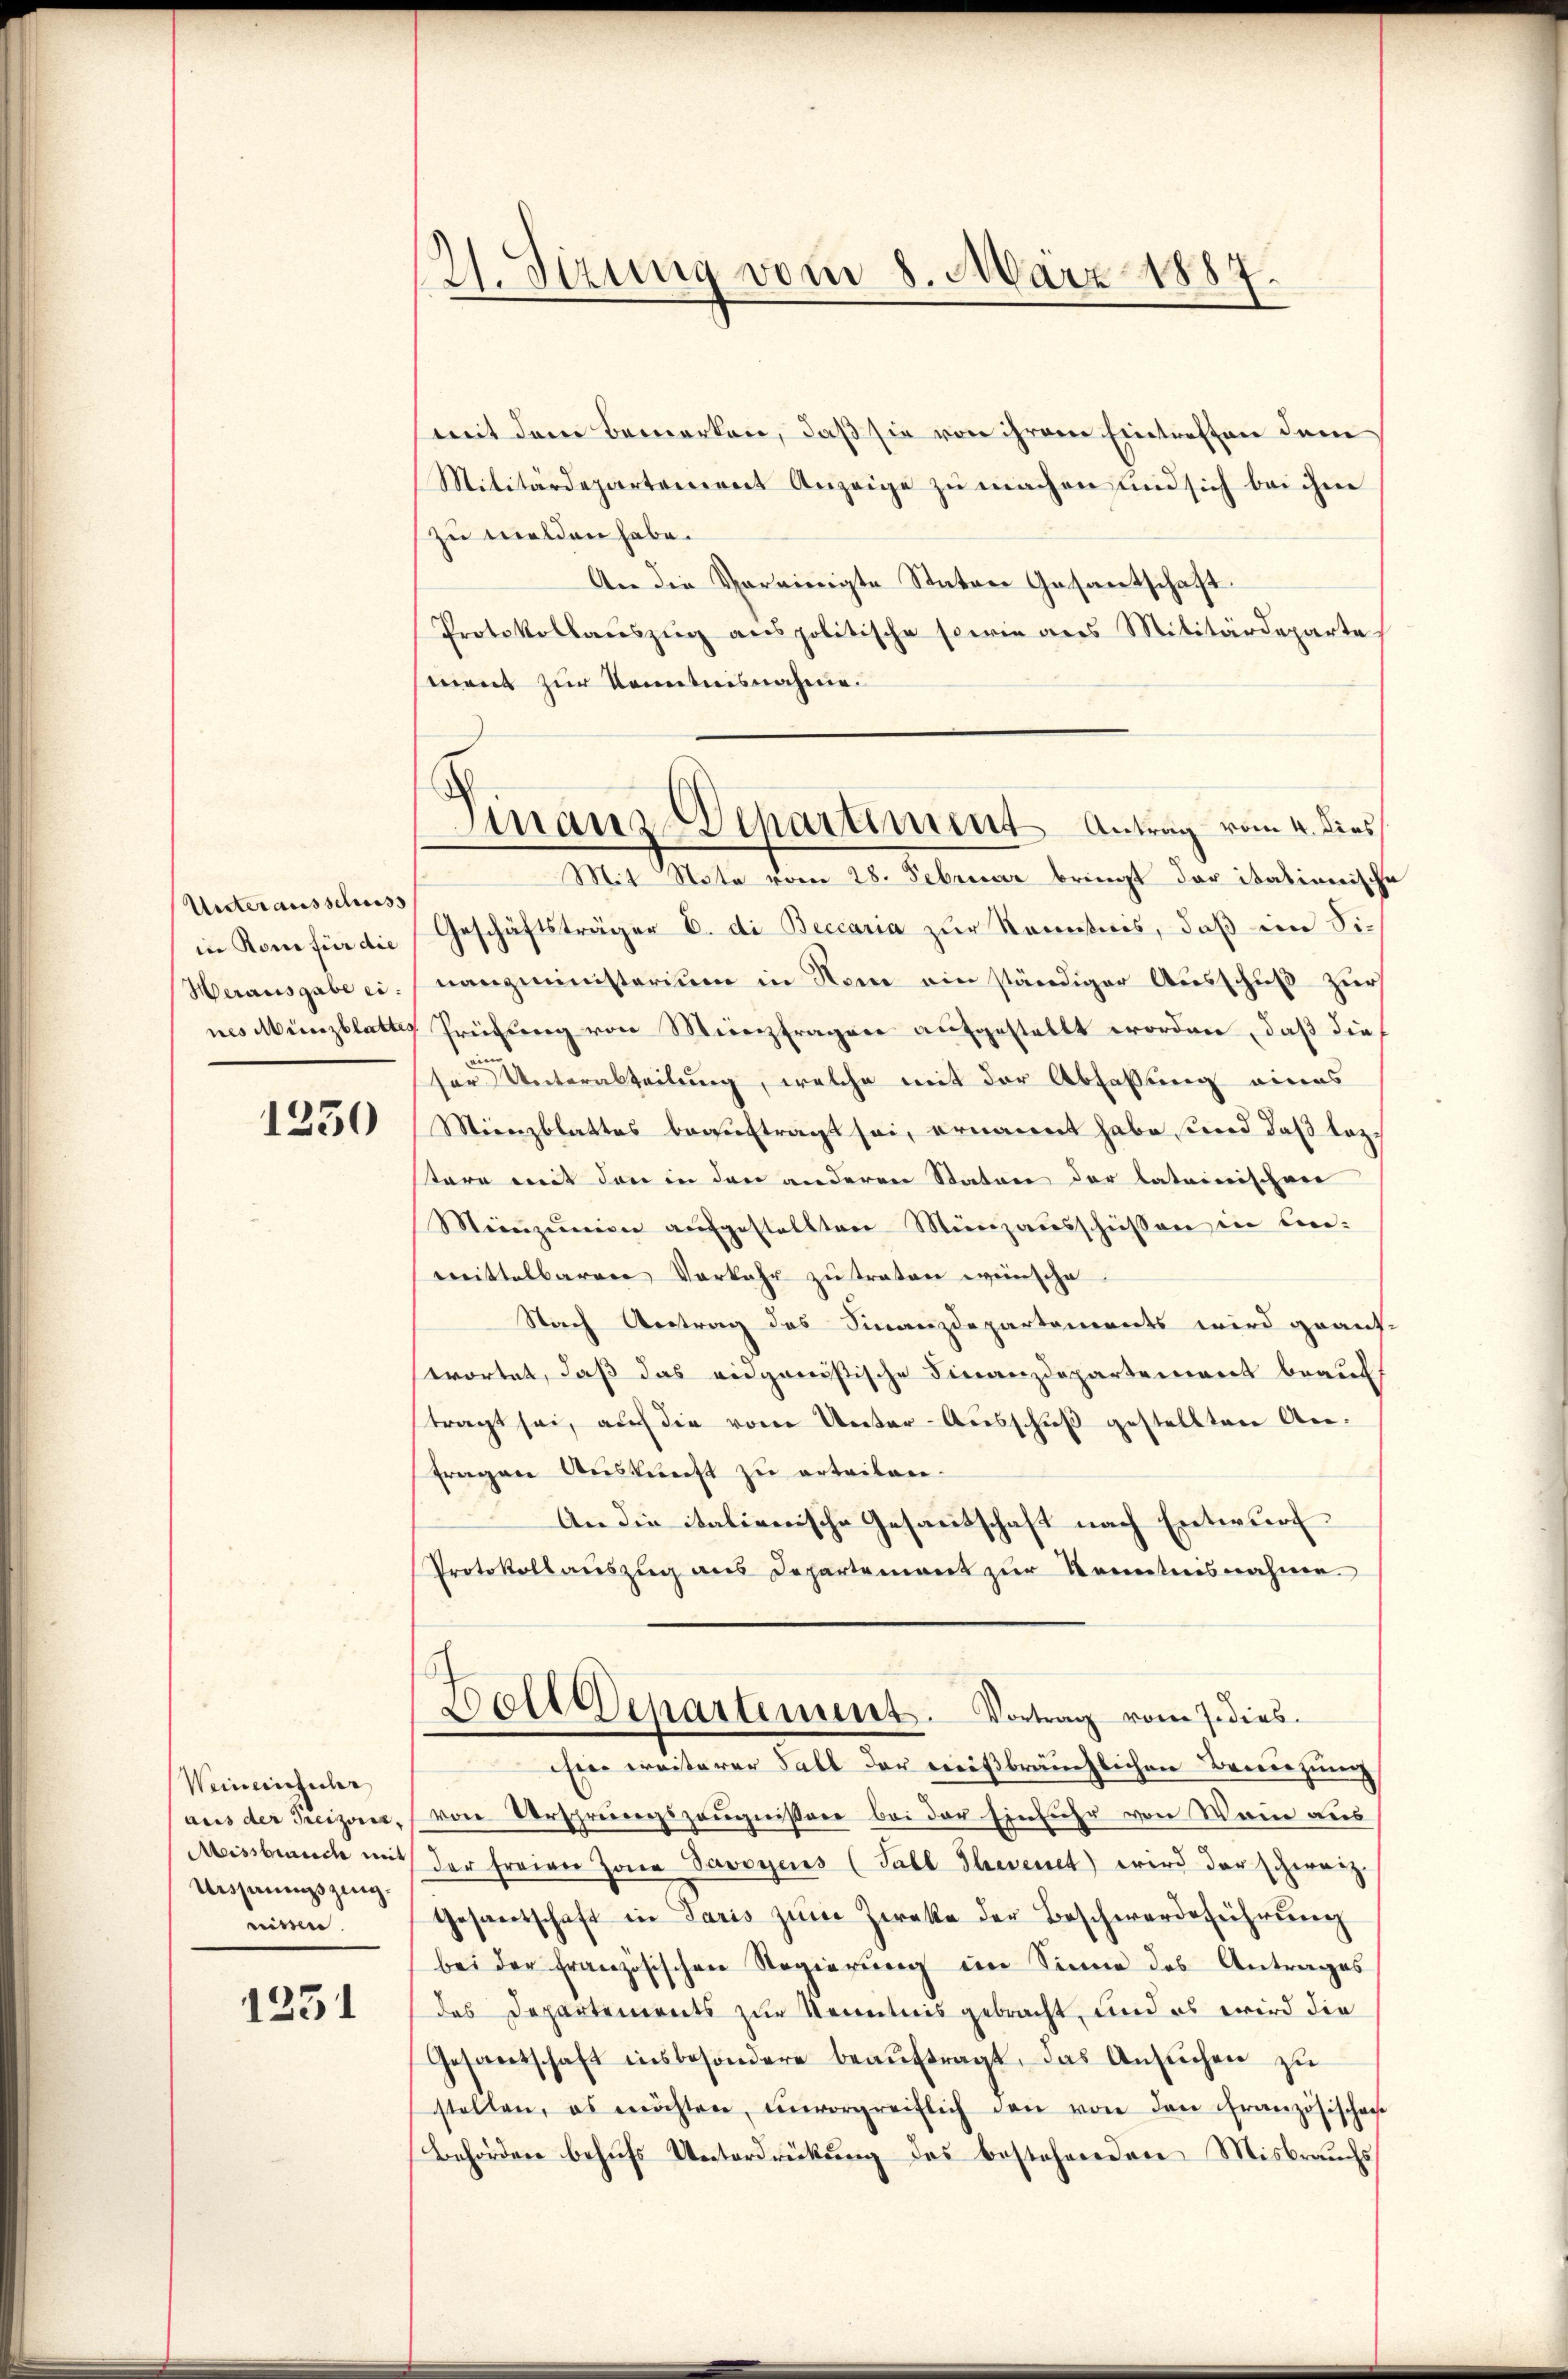
Unterausschuss
in Rome für die
Herausgabe eines Münzblattes

1230

Weineinführ
aus der Treizeris,
Missbrauch mit
Uishauszing.
nissen.

1351

21. Sizung vom 8. März 1887.

mit dem Bemerken, daß sie von ihrem Eintreffen dem
Militärdepartement Anzeige zu machen und sich bei ihm
zu melden habe.
An die Vereinigte Stator Gesantschaft.
Protokollaŭszŭg anspolitische sowie aus Militärdeparte
ment zur Kenntnisnahme.
Mit Note vom 28. Februar bringt der italienische
Geschäftsträger B. di Beccaria zur Kenntnis, daß im Sinanzministerium in Nom ein ständiger Ausschuß zur
Prüfung von Meierfragen aŭfgestellt worden, daβ die
ein
ser Unterabteilung, welche mit der Abfassung eines
Mienzblattes beauftragt sei, ernannt habe und daß laz
täre mit den in den anderen Stator der lateinischen
Meinzŭnen aŭfgestellten Münzaŭsschüssen in Cen-
mittelbaren Vorkehr zu traten wünsche
Nach Antrag des Finanzdepartements wird geant.
wortet, daß das eidgenößische Finanzdepartement beauftragt sei, auf die vom Unter-Ausschuß gestellten Anfragen Auskunft zu erteilen.
An die italienische Gesantschaft nach Entwurf
Protokollauszug aus Departement zur Kenntnisnahme.
s
Wolt Departement. Vortrag vom Fedies
Eine ereiterer Fall der reißbräuchlichen Bewegung
von Ursprungszeugnißen bei der Einfuhr von Wann aus
der freien Jona Savoyens (Fall Thevenet) wird der schwarz
Gesantschaft in Paris zum Zwecke der Beschwerdeführung
bei der Französischen Regierung im Sinne des Antrages
das Departements zur Kenntnis gebracht, und es wird die
Gesandschaft insbesondere beaŭftragt, das Ansuchen zu
stellen, es möchten, ŭnvorgreiflich den von den Französischen
Behörden behufs Unterdrückung des bestehendere Misbrauchs

.
Zmnanz-Departement Antrag vom 4. dies